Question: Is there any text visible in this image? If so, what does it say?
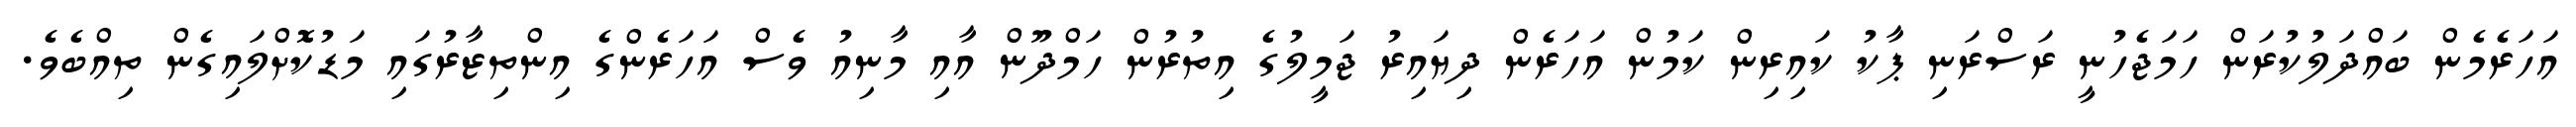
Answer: އަހަރެމެން ބައްދަލުކުރަން ހަމަޖެހުނީ ރަސްރަނި ޕާކު ކައިރިން ކަމުން އަހަރެން ދިޔައިރު ޖަމީލުގެ އިތުރުން ހަމްދޫން އާއި މާނިއު ވެސް އަހަރެންގެ އިންތިޒާރުގައި މަޑުކޮށްލައިގެން ތިއްބެވެ.